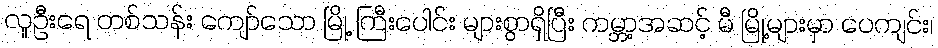
လူဦးရေ တစ်သန်း ကျော်သော မြို့ ကြီးပေါင်း များစွာရှိပြီး ကမ္ဘာ့အဆင့် မီ မြို့များမှာ ပေကျင်း၊